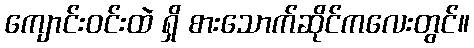
ကျောင်းဝင်းထဲ ရှိ စားသောက်ဆိုင်ကလေးတွင်။